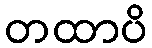
တထာပိ